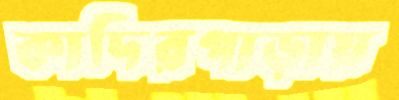
কাদিরপাড়ায়